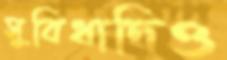
সুবিধাদিও